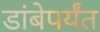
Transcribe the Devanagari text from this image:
डांबेपर्यंत